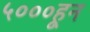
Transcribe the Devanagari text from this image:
५०००हून